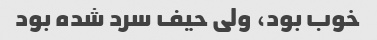
خوب بود، ولی حیف سرد شده بود